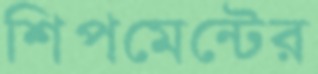
শিপমেন্টের